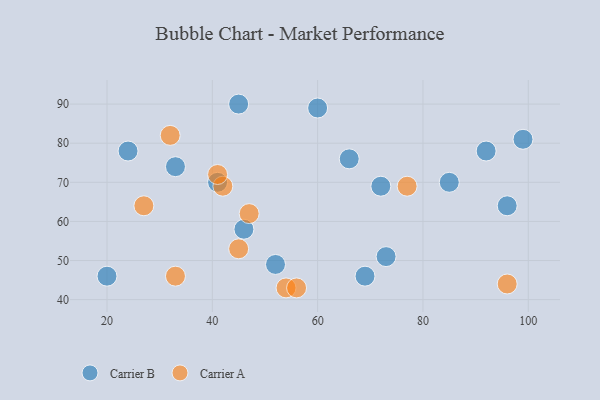
{"axis": {"x": "GDP", "y": "Life Expectancy"}, "legend": ["Carrier A", "Carrier B"], "data": [{"x": "66", "y": 76, "type": "Carrier B"}, {"x": "41", "y": 70, "type": "Carrier B"}, {"x": "46", "y": 58, "type": "Carrier B"}, {"x": "92", "y": 78, "type": "Carrier B"}, {"x": "20", "y": 46, "type": "Carrier B"}, {"x": "24", "y": 78, "type": "Carrier B"}, {"x": "72", "y": 69, "type": "Carrier B"}, {"x": "99", "y": 81, "type": "Carrier B"}, {"x": "45", "y": 90, "type": "Carrier B"}, {"x": "69", "y": 46, "type": "Carrier B"}, {"x": "85", "y": 70, "type": "Carrier B"}, {"x": "52", "y": 49, "type": "Carrier B"}, {"x": "73", "y": 51, "type": "Carrier B"}, {"x": "96", "y": 64, "type": "Carrier B"}, {"x": "60", "y": 89, "type": "Carrier B"}, {"x": "33", "y": 74, "type": "Carrier B"}, {"x": "96", "y": 44, "type": "Carrier A"}, {"x": "54", "y": 43, "type": "Carrier A"}, {"x": "47", "y": 62, "type": "Carrier A"}, {"x": "42", "y": 69, "type": "Carrier A"}, {"x": "33", "y": 46, "type": "Carrier A"}, {"x": "77", "y": 69, "type": "Carrier A"}, {"x": "41", "y": 72, "type": "Carrier A"}, {"x": "27", "y": 64, "type": "Carrier A"}, {"x": "56", "y": 43, "type": "Carrier A"}, {"x": "45", "y": 53, "type": "Carrier A"}, {"x": "32", "y": 82, "type": "Carrier A"}]}